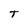
Character: T